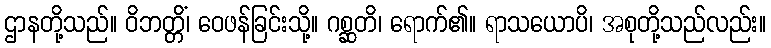
ဌာနတို့သည်။ ဝိဘတ္တိံ၊ ဝေဖန်ခြင်းသို့။ ဂစ္ဆတိ၊ ရောက်၏။ ရာသယောပိ၊ အစုတို့သည်လည်း။